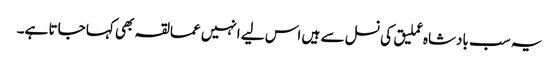
یہ سب بادشاہ عملیق کی نسل سے ہیں اس لیے انہیں عمالقہ بھی کہا جاتا ہے۔